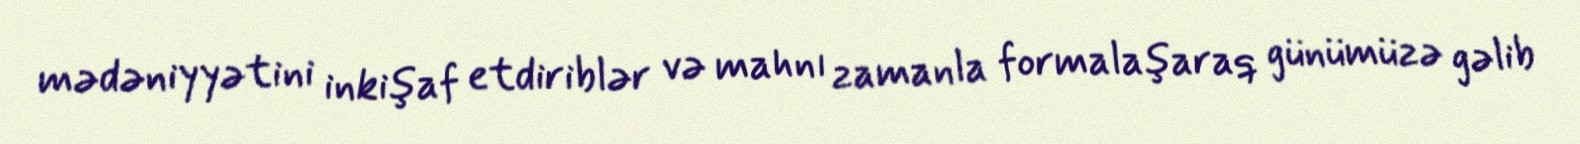
mədəniyyətini inkişaf etdiriblər və mahnı zamanla formalaşaraq günümüzə gəlib